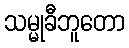
သမ္မုခီဘူတော